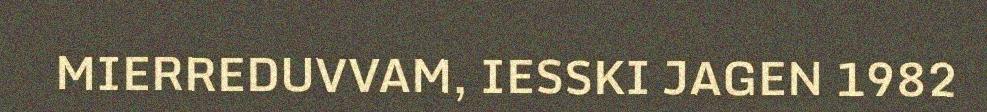
MIERREDUVVAM, IESSKI JAGEN 1982